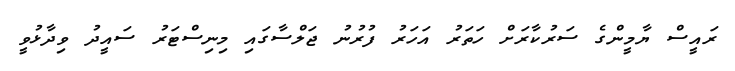
ރައީސް ޔާމީންގެ ސަރުކާރަށް ހަތަރު އަހަރު ފުރުނު ޖަލްސާގައި މިނިސްޓަރު ސައީދު ވިދާޅުވީ